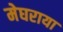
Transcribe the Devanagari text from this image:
मेघराया